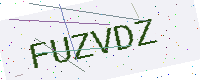
Text: FUZVDZ